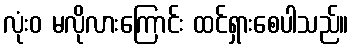
လုံးဝ မလိုလားကြောင်း ထင်ရှားစေပါသည်။